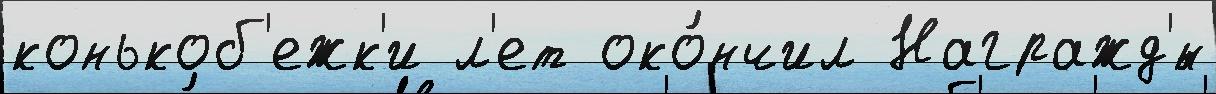
конькоб'ежк'и л'ет око́нчил Награжд'́н